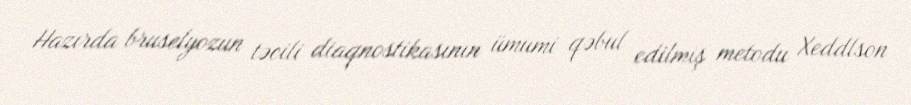
Hazırda bruselyozun təcili diaqnostikasının ümumi qəbul edilmiş metodu Xeddlson